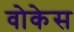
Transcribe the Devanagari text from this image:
वोकेस